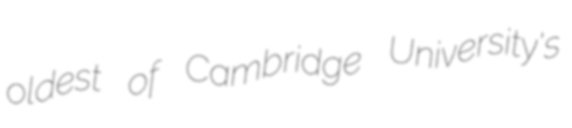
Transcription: oldest of Cambridge University's